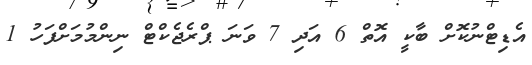
އެޑިޓްނުކޮށް ބާކީ އޮތް 6 އަދި 7 ވަނަ ޕްރެޖެކްޓް ނިންމުމަށްފަހު 1